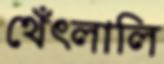
থেঁৎলালি